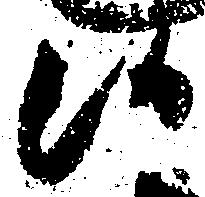
候